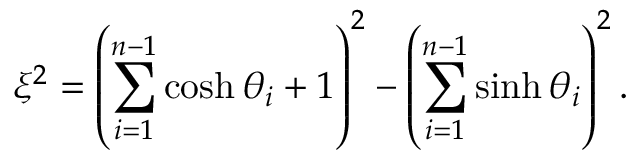
\xi ^ { 2 } = \left( \sum _ { i = 1 } ^ { n - 1 } \cosh \theta _ { i } + 1 \right) ^ { 2 } - \left( \sum _ { i = 1 } ^ { n - 1 } \sinh \theta _ { i } \right) ^ { 2 } .